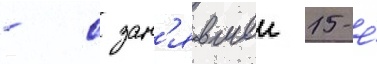
- с зан'явшеи 15-е́